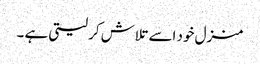
منزل خود اسے تلاش کر لیتی ہے ۔